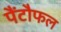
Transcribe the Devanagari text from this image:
पैंटौफल